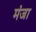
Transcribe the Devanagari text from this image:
मंजा